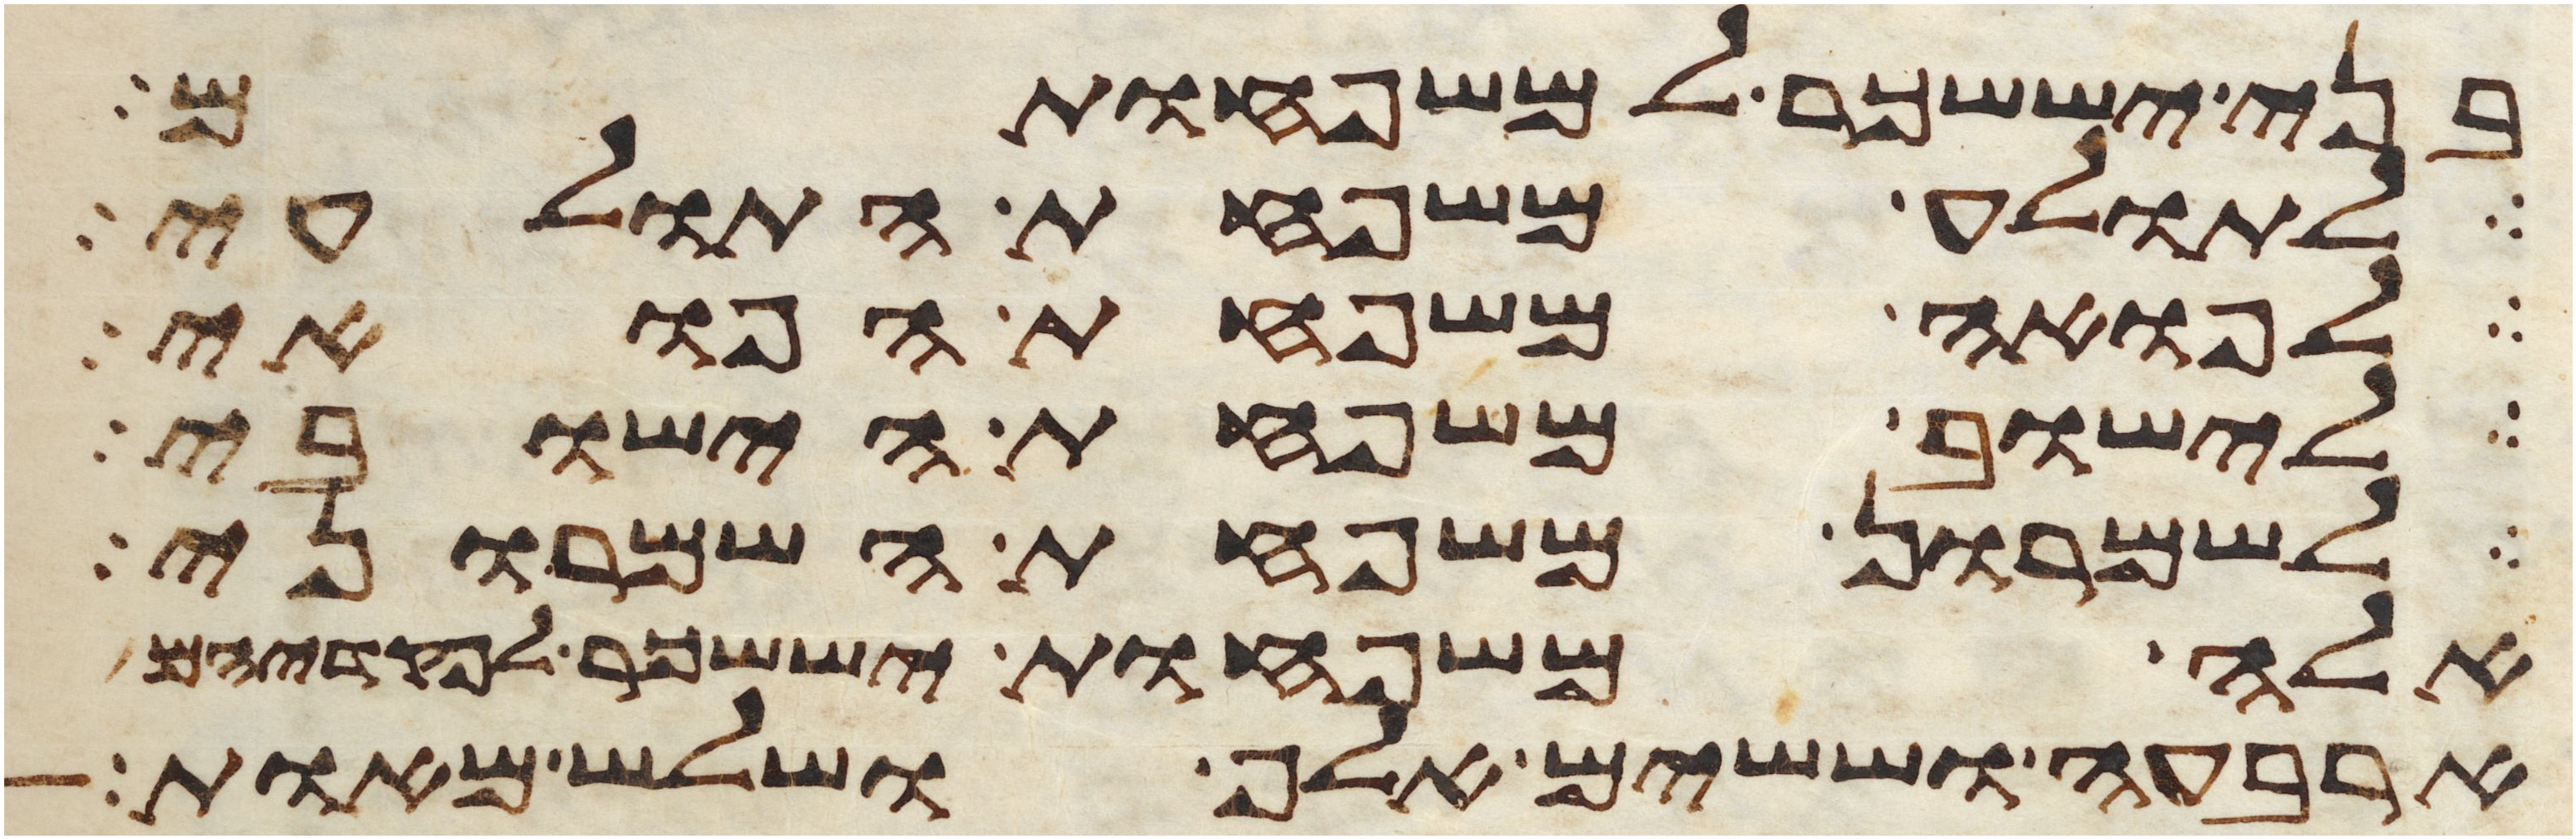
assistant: בני יששכר למשפחותם
לתולע משפחת התולעי
לפואה משפחת הפואי
לישוב משפחת הישובי
לשמרון משפחת השמרוני
אלה משפחות יששכר לפקדיהם
ארבעה וששים אלף ושלש מאות